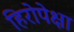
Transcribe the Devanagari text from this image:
हिरोपेक्षा